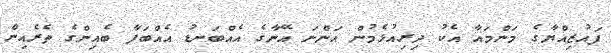
ފައުޒިއްޔާގެ މަންމައާ އެކު ދިރިއުޅެމުން އަންނަ އޭނާގެ އެއްބަނޑު އެއްބަފާ ބެއިންގެ ތެރެއިން